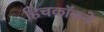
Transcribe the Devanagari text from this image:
हिचकॉकने